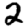
Digit: 2